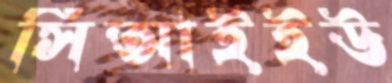
সিআইইউ